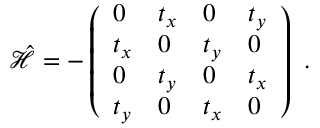
\hat { \mathcal { H } } = - \left( \begin{array} { l l l l } { 0 } & { t _ { x } } & { 0 } & { t _ { y } } \\ { t _ { x } } & { 0 } & { t _ { y } } & { 0 } \\ { 0 } & { t _ { y } } & { 0 } & { t _ { x } } \\ { t _ { y } } & { 0 } & { t _ { x } } & { 0 } \end{array} \right) \mathrm { ~ . ~ }